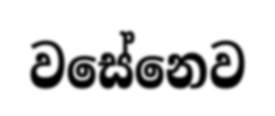
වසේනෙව